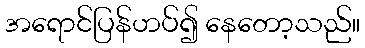
အရောင်ပြန်ဟပ်၍ နေတော့သည်။